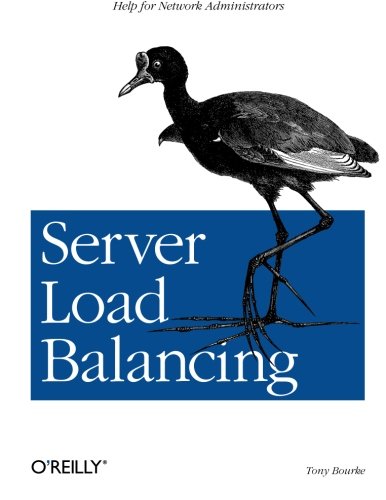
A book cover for Server Load Balancing; Tony Bourke; Computers & Technology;